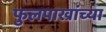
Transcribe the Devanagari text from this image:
फुलपाख्रांच्या